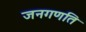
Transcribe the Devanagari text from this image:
जनगणति